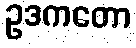
ဥဒကတော